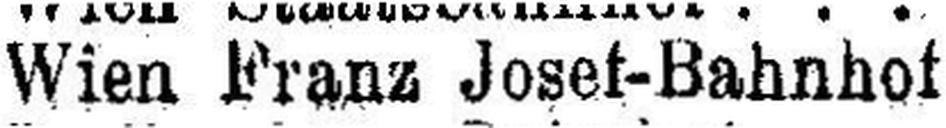
Wien Franz Josef-Bahnhof